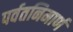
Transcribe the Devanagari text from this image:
पर्वतनिमार्ण